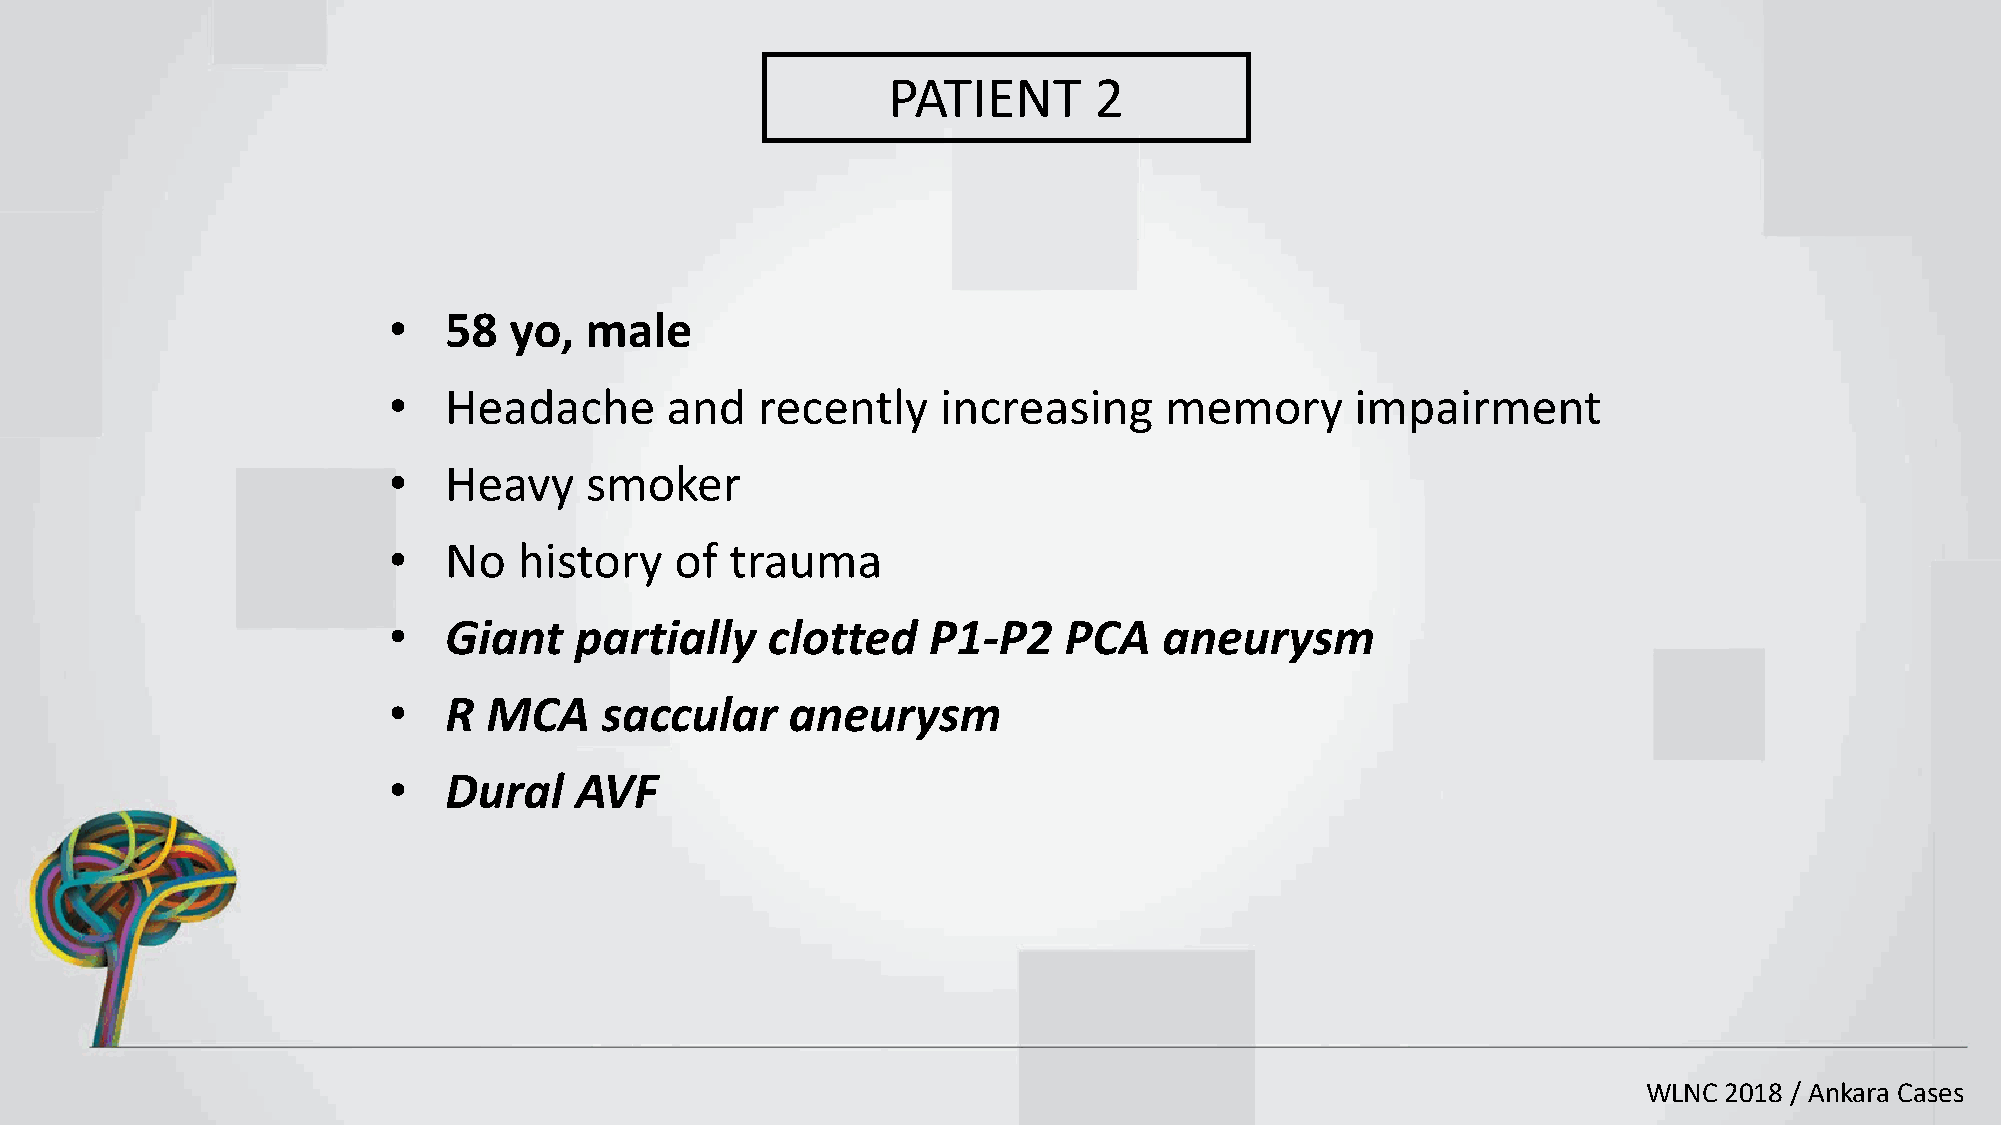
PATIENT      2
 •  58   yo,  male
 •  Headache       and   recently    increasing     memory       impairment
 •  Heavy     smoker
 •  No   history    of trauma
 •  Giant    partially    clotted   P1-P2    PCA    aneurysm
 •  R  MCA     saccular    aneurysm
 •  Dural    AVF
 WLNC 2018 / Ankara Cases